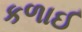
કળાઈ